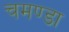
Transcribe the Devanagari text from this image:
चमण्डा